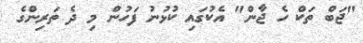
"ޖަބް ތަކް ހެ ޖާން" އެކުގައި ކުޅުނު ފަހުން މި ދެ ތަރިންގެ